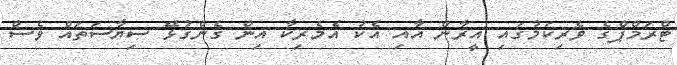
ޓްރަމްޕްގެ ވެރިކަމުގައި އީރާން އާއި އެކު އެމެރިކާ އިން ގެންގުޅޭ ސިޔާސަތަައް ވެސް